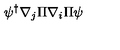
\psi ^ { \dagger } \nabla _ { j } \Pi \nabla _ { i } \Pi \psi